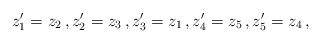
LaTeX: \begin{align*}z_1^\prime = z_2 \, , z_2^\prime = z_3 \, , z_3^\prime = z_1 \, , z_4^\prime = z_5 \, , z_5^\prime = z_4 \, ,\end{align*}